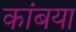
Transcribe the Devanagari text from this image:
कांबया